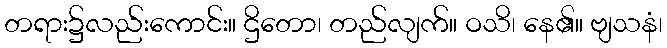
တရား၌လည်းကောင်း။ ဌိတော၊ တည်လျက်။ ဝသိ၊ နေ၏။ ဗျသနံ၊